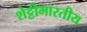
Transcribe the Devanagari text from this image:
शेट्टीभारतीय